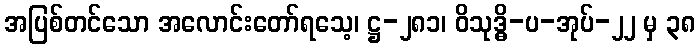
အပြစ်တင်သော အလောင်းတော်ရသေ့၊ ဋ္ဌ-၂၈၁၊ ဝိသုဒ္ဓိ-ပ-အုပ်-၂၂ မှ ၃၈